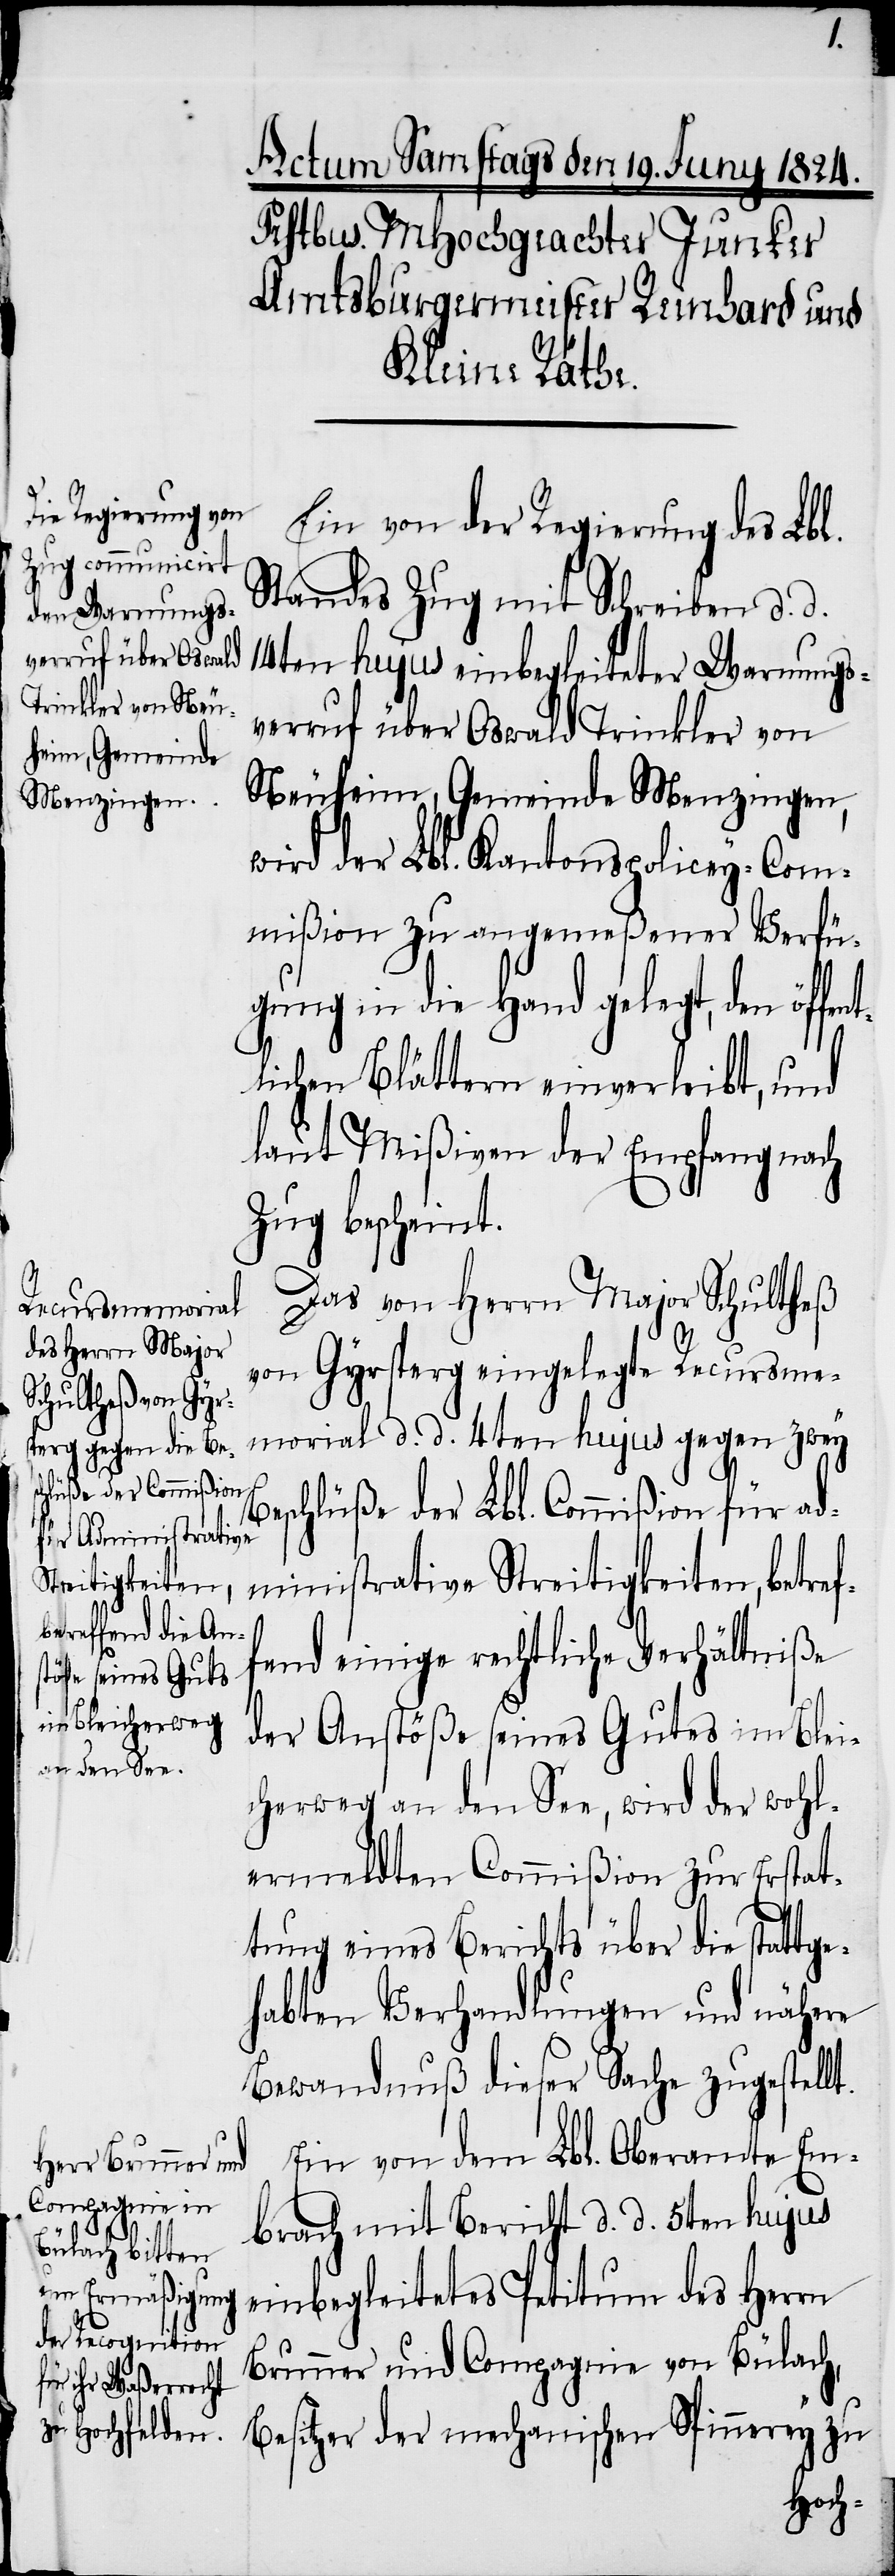
t.
Ein von der Regierung des Lbl.
Standes Zug mit Schreiben d. d.
14ten hujus einbegleiteter Warnungs¬
verruf über Oswald Trinkler von
Neuheim, Gemeinde Menzingen,
wird der Lbl. Kantons-Policey-Com¬
mißion zu angemeßener Verfü¬
gung in die Hand gelegt, den öffen¬
tlichen Blättern einverleibt, und
laut Mißiven der Empfang nach
Zug bescheint.
Das von Herrn Major Schultheß
von Gyrsperg eingelegte Recursme¬
morial d. d. 4ten hujus gegen zwey
Beschlüße der Lbl. Commißion für ad¬
ministrative Streitigkeiten, betref¬
fend einige rechtliche Verhältniße
der Anstößer seines Gutes im Blei¬
cherweg an den See, wird der wohl¬
ermeldten Commißion zur Erstat¬
tung eines Berichts über die stattg¬
ehabten Verhandlungen und nähere
Bewandnuß dieser Sache zugestell¬
Ein von dem Lbl. Oberamt Em¬
brach mit Bericht d. d. 5ten hujus
einbegleitetes Petitium des Herrn
Brunner und Compagnie von Bülach,
Besitzer der mechanischen Spinnerey zu